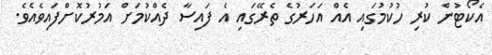
އެކޯޓުން ކުރި ހުކުމުގައި އެއް އަހަރުގެ ތެރޭގައި އެ ފައިސާ ދެއްކުމަށް އަމުރުކޮށްފައިވެއެވެ.